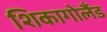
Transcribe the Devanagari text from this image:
शिकागोलैंड